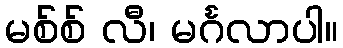
မစ်စ် လီ၊ မင်္ဂလာပါ။